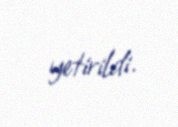
yetirildi.